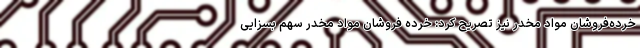
خرده‌فروشان مواد مخدر نیز تصریح کرد: خرده فروشان مواد مخدر سهم بسزایی